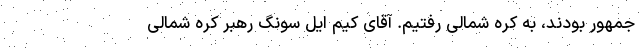
جمهور بودند، به کره شمالی رفتیم. آقای کیم ایل سونگ رهبر کره شمالی